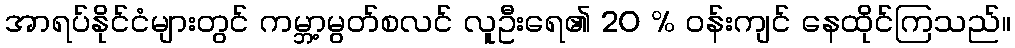
အာရပ်နိုင်ငံများတွင် ကမ္ဘာ့မွတ်စလင် လူဦးရေ၏ 20 % ဝန်းကျင် နေထိုင်ကြသည်။